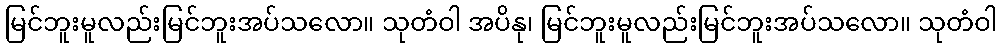
မြင်ဘူးမူလည်းမြင်ဘူးအပ်သလော။ သုတံဝါ အပိနု၊ မြင်ဘူးမူလည်းမြင်ဘူးအပ်သလော။ သုတံဝါ